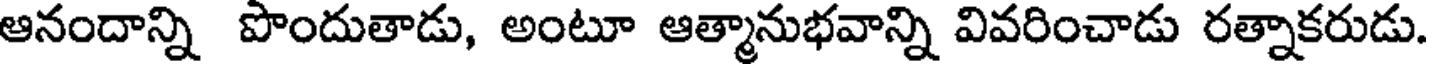
ఆనందాన్ని పొందుతాడు, అంటూ ఆత్మానుభవాన్ని వివరించాడు రత్నాకరుడు.